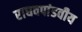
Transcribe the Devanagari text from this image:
राघवपांडवीय